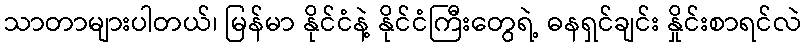
သာတာများပါတယ်၊ မြန်မာ နိုင်ငံနဲ့ နိုင်ငံကြီးတွေရဲ့ ဓနရှင်ချင်း နှိုင်းစာရင်လဲ